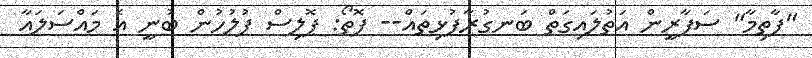
"ފާތިމާ" ސަފާރީން އަތުލައިގަތް ބަނގުރާފުޅިތައް-- ފޮތޯ: ޕޮލިސް ފުލުހުން ބުނީ އެ މައްސަލައާ